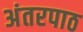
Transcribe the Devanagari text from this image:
अंतरपाठ